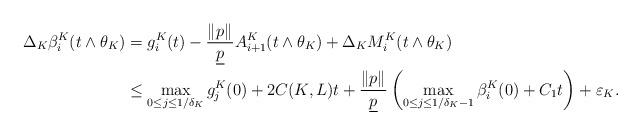
LaTeX: \begin{align*} \Delta_K\beta_i^K(t\wedge\theta_K) & =g_i^K(t) - \frac{\|p\|_{}}{\underline{p}} A_{i+1}^K(t\wedge\theta_K)+\Delta_KM_i^K(t\wedge\theta_K) \\ & \leq \max_{0\leq j\leq 1/\delta_K} g^K _j(0)+2 C(K,L) t+\frac{\|p\|_{}}{\underline{p}}\left(\max_{0\leq j\leq 1/\delta_K-1}\beta^K_i(0)+C_1 t\right)+\varepsilon_K.\end{align*}